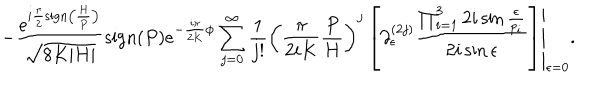
- \frac { e ^ { i \frac { \pi } { 2 } \mathrm { s i g n } \left( \frac { H } { P } \right) } } { \sqrt { 8 K | H | } } \mathrm { s i g n } ( P ) e ^ { - \frac { i \pi } { 2 K } \phi } \sum _ { j = 0 } ^ { \infty } \frac { 1 } { j ! } \left. \left( \frac { \pi } { 2 i K } \frac { P } { H } \right) ^ { j } \left[ \partial _ { \epsilon } ^ { ( 2 j ) } \frac { \prod _ { i = 1 } ^ { 3 } 2 i \sin \frac { \epsilon } { p _ { i } } } { 2 i \sin \epsilon } \right] \right| _ { \epsilon = 0 } .